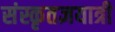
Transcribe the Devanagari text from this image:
संस्कृतज्ञयात्री